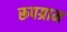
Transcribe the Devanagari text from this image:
रूपग्राम